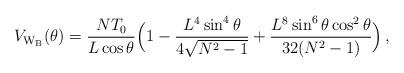
LaTeX: \begin{align*}V_{\rm W_B}(\theta)=\frac{NT_0}{L\cos{\theta}}\Bigl(1-\frac{L^4\sin^4{\theta}}{4\sqrt{N^2-1}}+\frac{L^8\sin^6{\theta}\cos^2{\theta}}{32(N^2-1)}\Bigr)\, ,\end{align*}